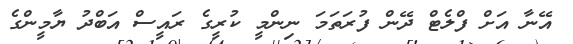
އޭނާ އަށް ފްލެޓް ދޭން ފުރަތަމަ ނިންމީ ކުރީގެ ރައީސް އަބްދު ޔާމީންގެ